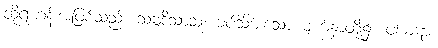
ထိုရဟန်းအဖြစ်သည်။ သဗ္ဗဒိသာသု၊ ခပ်သိမ်းသော မျက်နှာတို့၌။ ပါကဋာ၊